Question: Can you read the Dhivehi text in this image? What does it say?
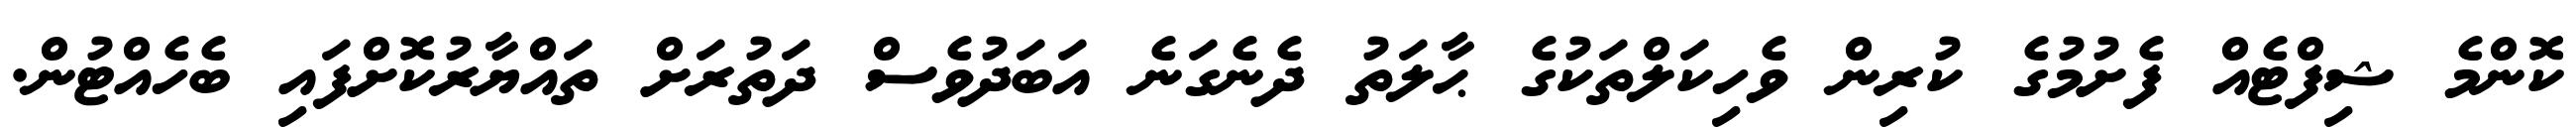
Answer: ކޮންމެ ޝިފްޓެއް ފެށުމުގެ ކުރިން ވެހިކަލްތަކުގެ ޙާލަތު ދެނެގަނެ އަބަދުވެސް ދަތުރަށް ތައްޔާރުކޮށްފައި ބެހެއްޓުން.